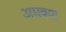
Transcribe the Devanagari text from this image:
अमक्या